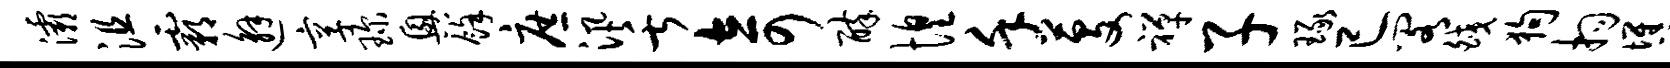
灞沮霸邂享琛兴余庶汛舌奇醉惶堇芟禅子琢已阁皎狗拘憔